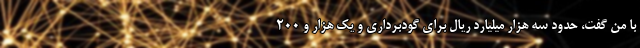
با من گفت، حدود سه هزار میلیارد ریال برای گودبرداری و یک هزار و ۲۰۰